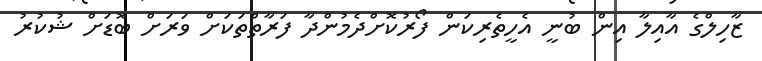
ޒާހިލްގެ އާއިލާ އިން ބުނީ އެހީތެރިކަން ފޯރުކޮށްދެމުންދާ ފަރާތްތަކަށް ވަރަށް ބޮޑަށް ޝުކުރު